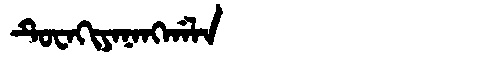
Manchu: ᡨᡠᠸᠠᡴᡳᠶᠠᠨᠠᠩᡤᠠᠯᠠ
Romanization: TUWAKIYANANGGALA